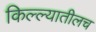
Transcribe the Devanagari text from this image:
किल्ल्यातीलच